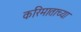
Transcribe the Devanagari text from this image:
करिमाताच्या